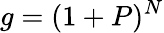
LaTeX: g=(1+P)^{N}